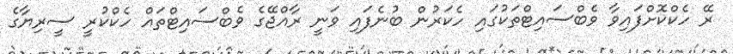
ރޭ ހެކްކޮށްފައިވާ ވެބްސައިޓްތަކުގައި ހެކަރުން ބުނެފައި ވަނީ ރާއްޖޭގެ ވެބްސައިޓްތައް ހެކްކުރީ ސީރިޔާގެ